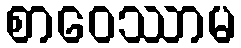
စာဝေဿာမ